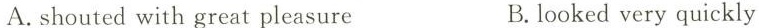
A.shouted with great pleasure B.looked very quickly